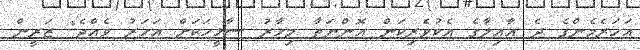
އަހަރެމެންގެ ދެ އާއިލާގެ އެކުވެރިކަން އޮންނަތާ މިހާރު ސާޅީހަކަށް އަހަރު ވެއްޖެ" ޒަރީން